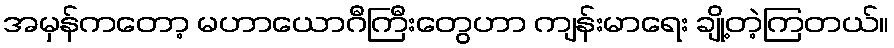
အမှန်ကတော့ မဟာယောဂီကြီးတွေဟာ ကျန်းမာရေး ချို့တဲ့ကြတယ်။